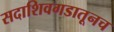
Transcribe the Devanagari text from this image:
सदाशिवगडातूनच